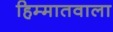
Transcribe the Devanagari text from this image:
हिम्मातवाला